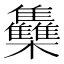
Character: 雧